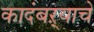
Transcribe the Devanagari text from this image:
कादंबऱ्याचे